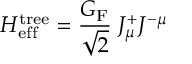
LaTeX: { \cal H } _ { \mathrm { e f f } } ^ { \mathrm { t r e e } } = { \frac { G _ { \mathrm { F } } } { \sqrt 2 } } \; { \cal J } _ { \mu } ^ { + } { \cal J } ^ { - \mu }